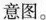
意图。